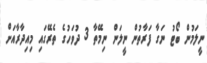
ނީލަމުން ބޯޓު ނަގާ ފަރާތުން ނީލަން ނިމޭތާ 3 ދުވަހުގެ ތެރޭގައި މިއިދާރާއަށް